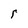
Character: r